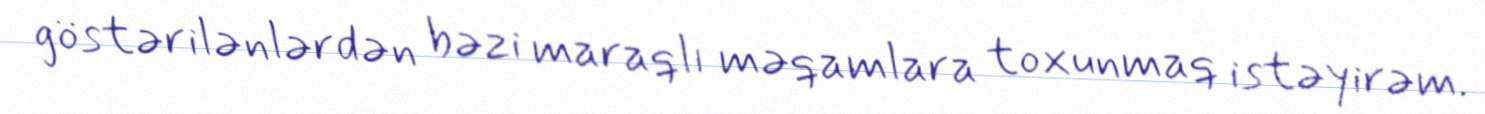
göstərilənlərdən bəzi maraqlı məqamlara toxunmaq istəyirəm.